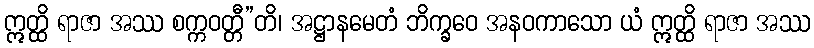
ဣတ္ထိ ရာဇာ အဿ စက္ကဝတ္တီ”တိ၊ အဋ္ဌာနမေတံ ဘိက္ခဝေ အနဝကာသော ယံ ဣတ္ထိ ရာဇာ အဿ